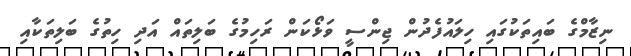
ނިޒާމްގެ ބައިތަކުގައި ހިލައުފެދުން ޖިންސީ ވަޅޯކަން ރަހިމުގެ ބަލިތައް އަދި ހިތުގެ ބަލިތަކާއި